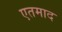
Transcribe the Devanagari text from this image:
एतमाद